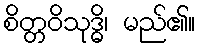
စိတ္တဝိသုဒ္ဓိ၊ မည်၏။